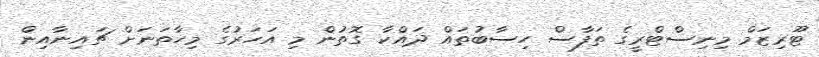
ޓޫރިޒަމް މިނިސްޓްރީގެ ތަފާސް ހިސާބުތައް ދައްކާ ގޮތުން މި އަހަރުގެ މިހާތަނަށް ޗައިނާއިން